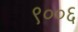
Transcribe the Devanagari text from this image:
९००६